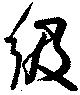
級